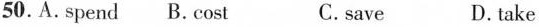
50. A.Spend B.Cost C.save D. ta